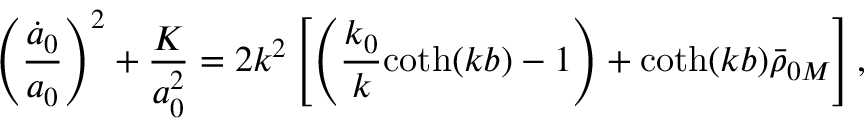
\left( \frac { \dot { a } _ { 0 } } { a _ { 0 } } \right) ^ { 2 } + \frac { K } { a _ { 0 } ^ { 2 } } = 2 k ^ { 2 } \left[ \left( \frac { k _ { 0 } } { k } \mathrm { c o t h } ( k b ) - 1 \right) + \mathrm { c o t h } ( k b ) \bar { \rho } _ { 0 M } \right] ,